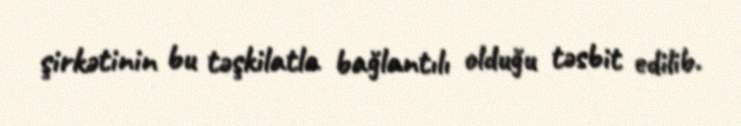
şirkətinin bu təşkilatla bağlantılı olduğu təsbit edilib.